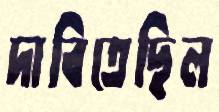
দাবিতেছিল